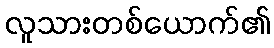
လူသားတစ်ယောက်၏